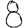
Digit: 8